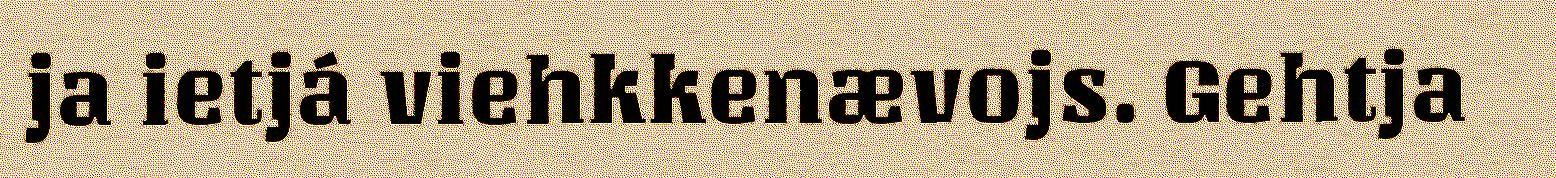
ja ietjá viehkkenævojs. Gehtja